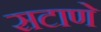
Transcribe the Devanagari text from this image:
सटाणे